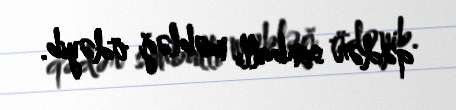
qədər sanballı məbləğ ödəyib.